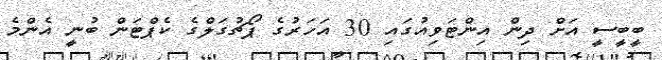
ބީބީސީ އަށް ދިން އިންޓަވިއުގައި 30 އަހަރުގެ ޕޯޗުގަލްގެ ކެޕްޓަން ބުނީ އެންމެ